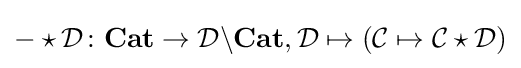
-\star {\mathcal {D}}\colon \mathbf {Cat} \rightarrow {\mathcal {D}}\backslash \mathbf {Cat} ,{\mathcal {D}}\mapsto ({\mathcal {C}}\mapsto {\mathcal {C}}\star {\mathcal {D}})